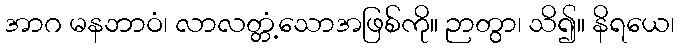
အာဂ မနဘာဝံ၊ လာလတ္တံ့သောအဖြစ်ကို။ ဉာတွာ၊ သိ၍။ နိရယေ၊